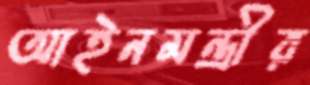
আইনমন্ত্রীর